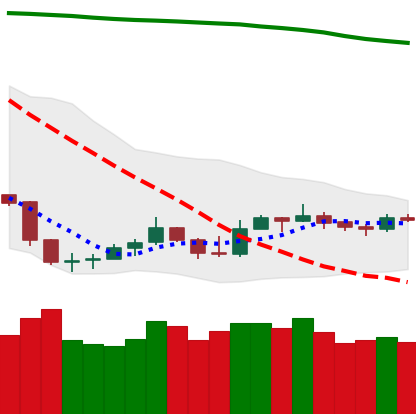
Ticker: LTC-USD
Chart end date: 2019-09-15
Forward return: 6.875%
Label: up_5_7